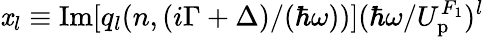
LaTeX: \mathit{x}_{l}\equiv\mathrm{{Im}}[q_{l}(n,{(i\Gamma+\Delta)}/{(\hbar\omega)})]({\hbar\omega}/{U_{\mathrm{{p}}}^{F_{1}}})^{l}